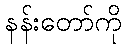
နန်းတော်ကို